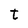
Character: t